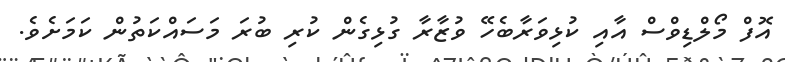
އޮފް މޯލްޑިވްސް އާއި ކުޅިވަރާބެހޭ ވުޒާރާ ގުޅިގެން ކުރި ބުރަ މަސައްކަތުން ކަމަށެވެ.